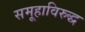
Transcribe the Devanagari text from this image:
समूहाविरुद्ध